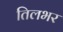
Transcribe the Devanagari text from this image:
तिलभर